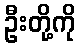
ဦးတို့ကို